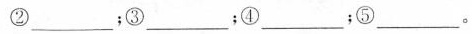
②___；③___；④___；⑤___。